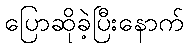
ပြောဆိုခဲ့ပြီးနောက်